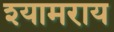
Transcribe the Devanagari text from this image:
श्यामराय